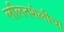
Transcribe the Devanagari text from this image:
ललितशैलीचा